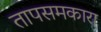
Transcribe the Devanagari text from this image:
तापसमकारा